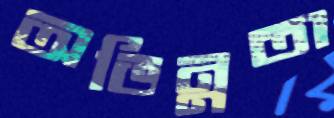
অভিন্নতা